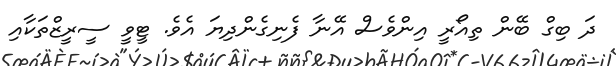
ދަ ބިގް ބޭން ތިއޯރީ އިންވެސް އޭނާ ފެނިގެންދިޔަ އެވެ. ޓީވީ ސީރީޒްތަކާއި